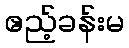
ဧည့်ခန်းမ